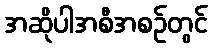
အဆိုပါအစီအစဉ်တွင်